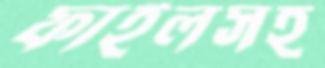
ফাইলসহ